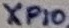
Text: Xp10